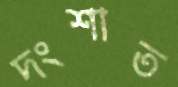
দংশাত